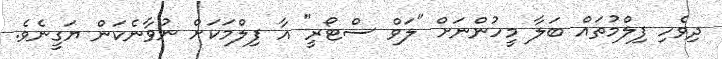
ދިވެހި ފިލްމުތައް ބަލާ މީހުންނަށް "ލަވް ސްޓޯރީ" އާ ފިލްމަކަށް ނުވާނެކަން ޔަގީނެވެ.